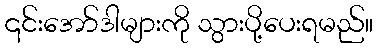
၎င်းအော်ဒါများကို သွားပို့ပေးရမည်။